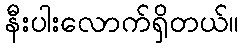
နီးပါးလောက်ရှိတယ်။